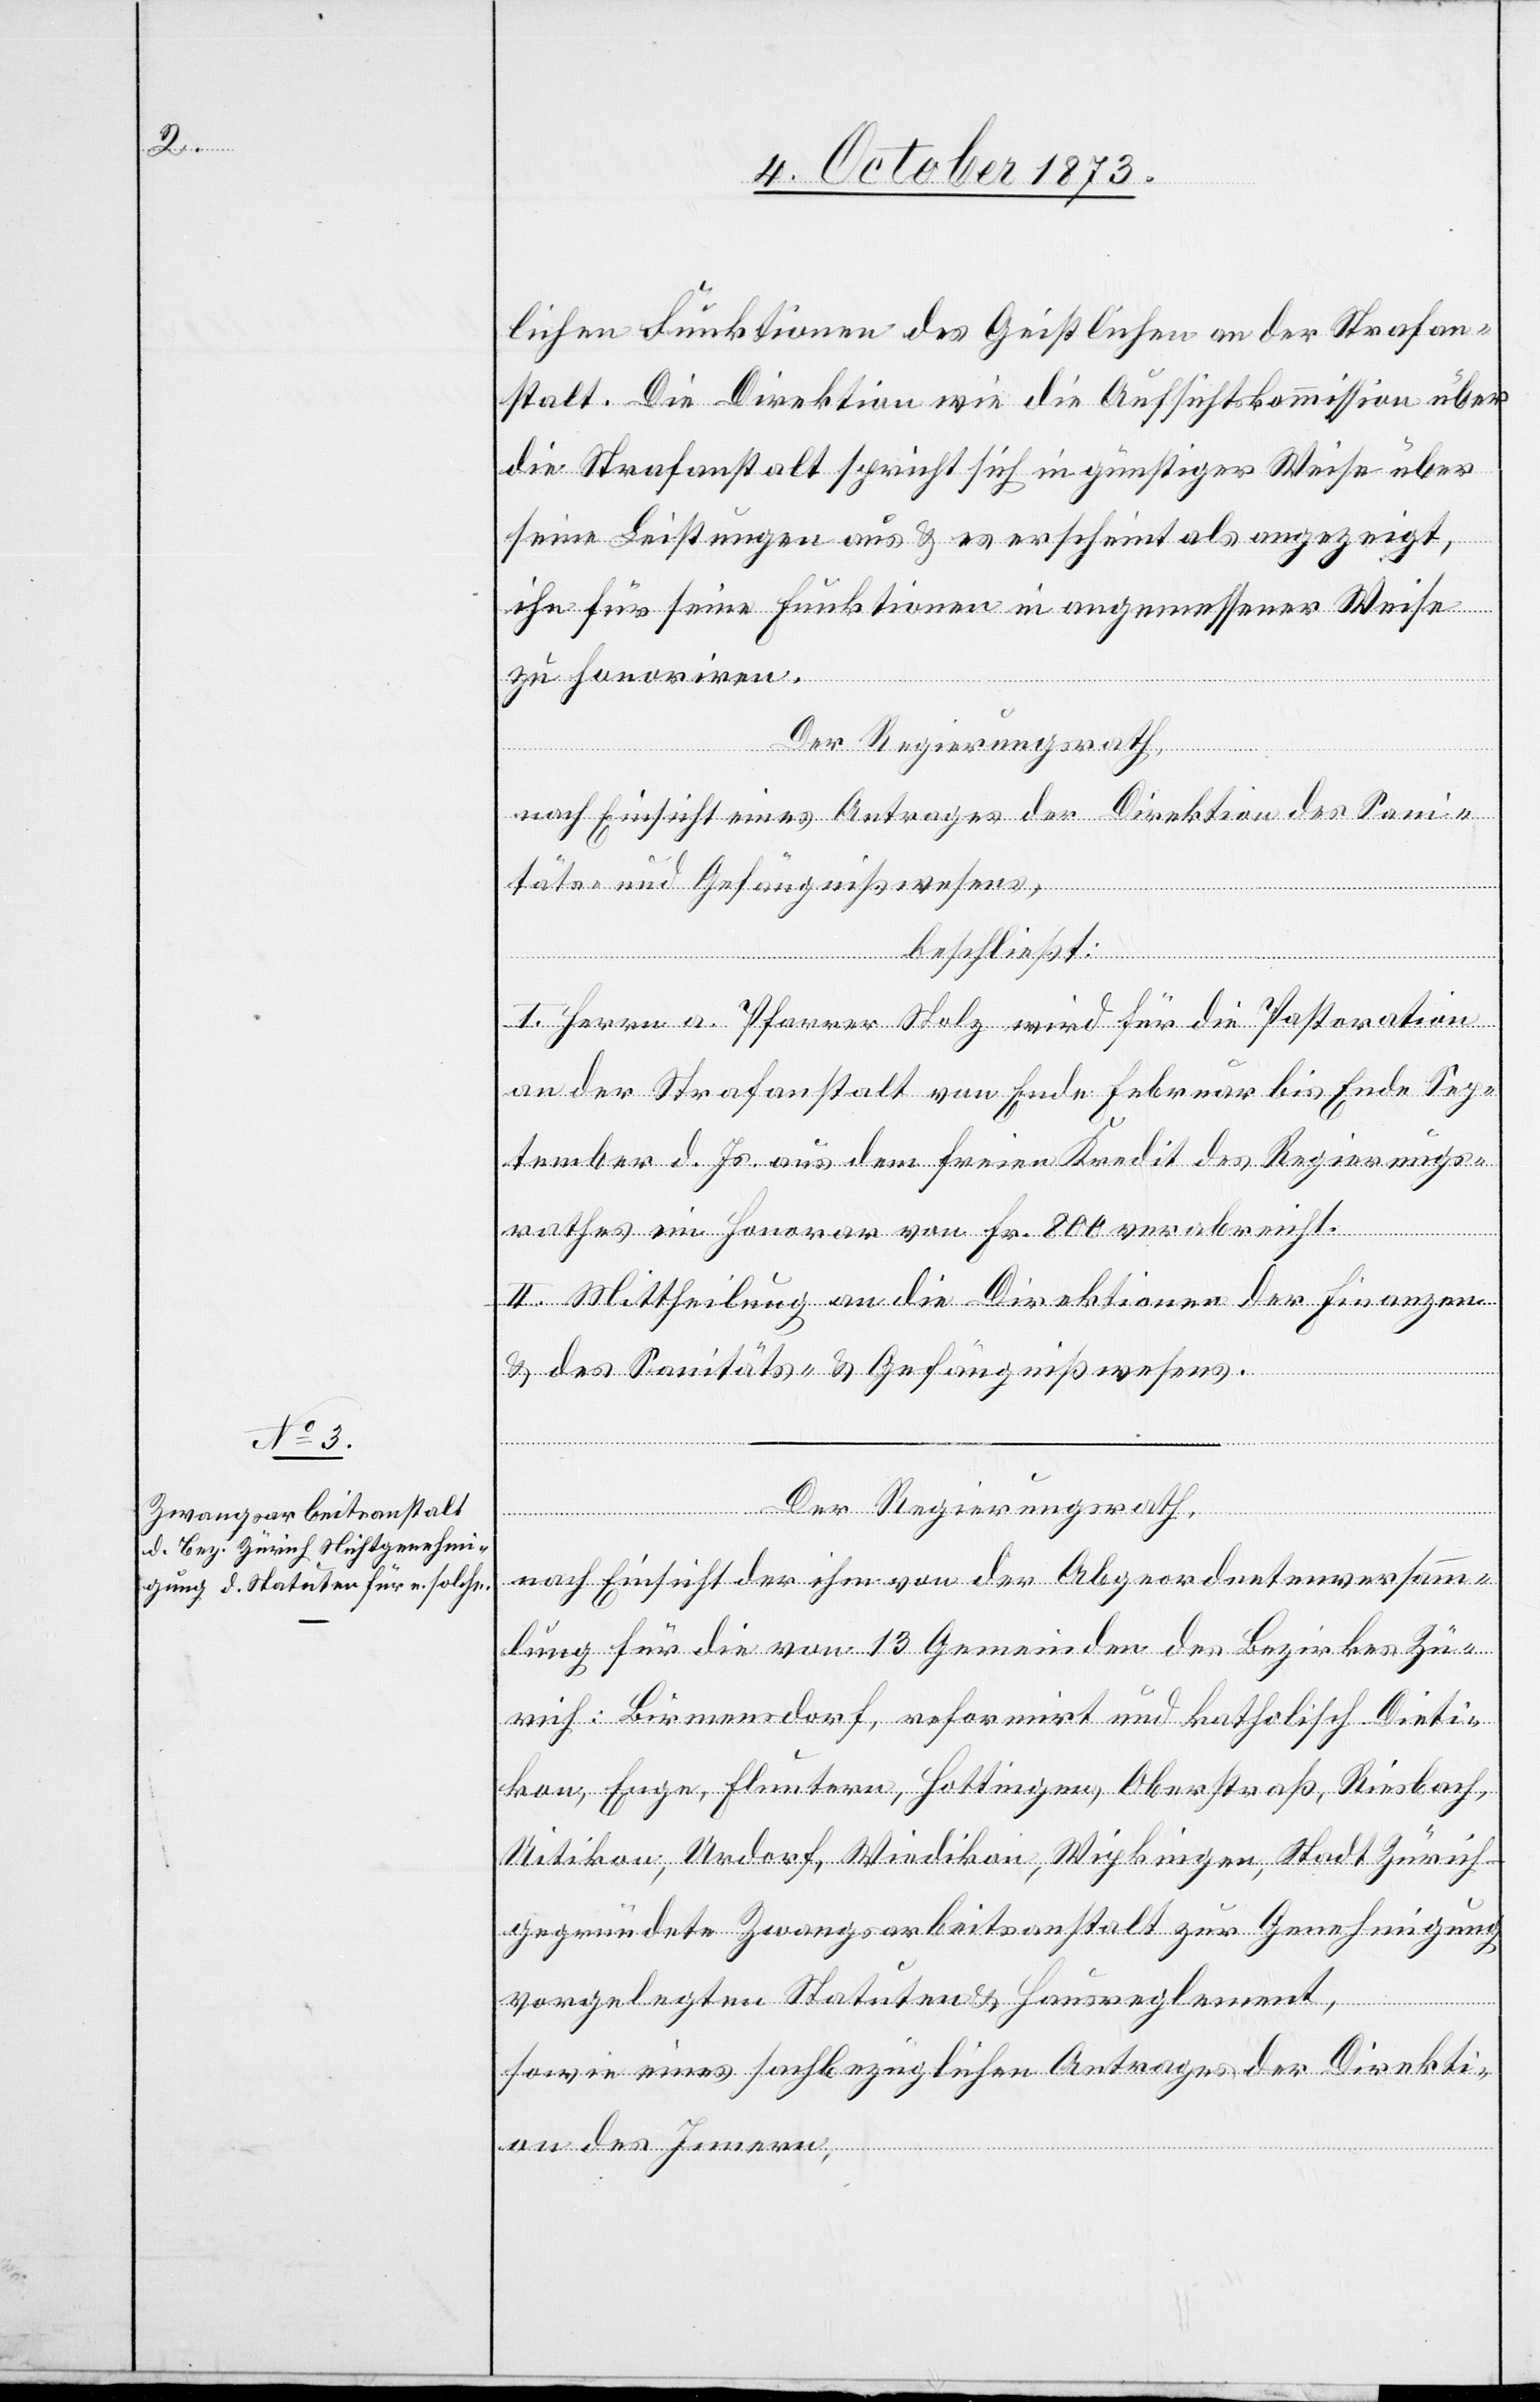
lichen Funktionen des Geistlichen an der Strafan¬
stalt. Die Direktion wie die Aufsichtskommission über
die Strafanstalt spricht sich in günstiger Weise über
seine Leistungen aus & es erscheint als angezeigt,
ihn für seine Funktionen in angemessener Weise
zu honoriren.
Der Regierungsrath,
nach Einsicht eines Antrages der Direktion des Sani¬
täts- und Gefängnißwesens,
beschließt:
I. Herrn a. Pfarrer Stolz wird für die Pastoration
an der Strafanstalt von Ende Februar bis Ende Sep¬
tember d. Js. aus dem freien Kredit des Regierungs¬
rathes ein Honorar von Fr. 800 verabreicht.
II. Mittheilung an die Direktionen der Finanzen
& des Sanitäts- & Gefängnißwesens.
Der Regierungsrath,
nach Einsicht der ihm von der Abgeordnetenversamm¬
lung für die von 13 Gemeinden des Bezirkes Zü¬
rich: Birmensdorf, reformirt und katholisch. Dieti¬
kon, Enge, Fluntern, Hottingen, Oberstraß, Riesbach,
Uitikon, Urdorf, Wiedikon, Wipkingen, Stadt Zürich –
gegründete Zwangsarbeitsanstalt zur Genehmigung
vorgelegten Statuten & Hausreglement,
sowie eines sachbezüglichen Antrages der Direkti¬
on des Innern,